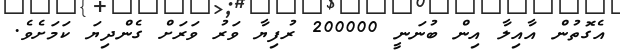
އެގޮތުން އާއިލާ އިން ބުނަނީ 200000 ރުފިޔާ ވަރު ވަރަށް ގެންދިޔަ ކަމަށެވެ.